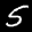
Label: 5